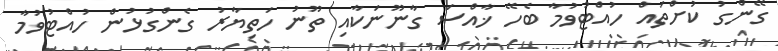
ގޭންގު ކުށްތައް ހުއްޓުވުމާ ބެހޭ ޚާއްސަ ގާނޫނަކާއި ތޫނު ހަތިޔާރު ގެންގުޅުން ހުއްޓުވުމާ